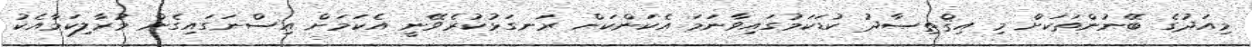
މިއަދުގެ ބޭނުންތަކަށް މި އިޤްތިޞާދު ކުޑަކަމުގައިވާނަމަ އެކަންކަން ރަނގަޅުކުރެވޭނީ އެކަމަށް އިސްނަގައިގެން މުރާލިކަމާއެކު